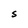
Character: S